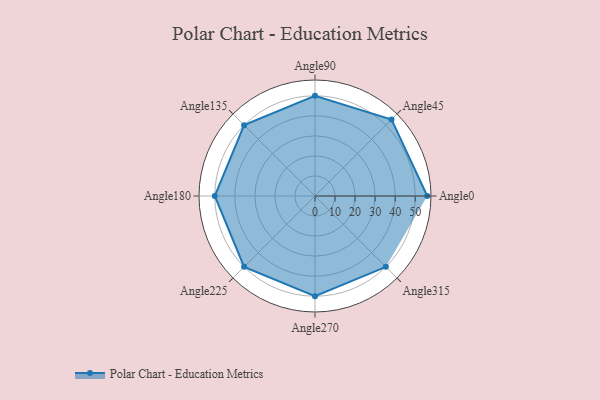
{"axis": {"x": "Angle", "y": "Radius"}, "legend": [""], "data": [{"x": "Angle0", "y": 56.0, "type": ""}, {"x": "Angle45", "y": 54.0, "type": ""}, {"x": "Angle90", "y": 50.0, "type": ""}, {"x": "Angle135", "y": 50, "type": ""}, {"x": "Angle180", "y": 50, "type": ""}, {"x": "Angle225", "y": 50, "type": ""}, {"x": "Angle270", "y": 50, "type": ""}, {"x": "Angle315", "y": 50, "type": ""}]}